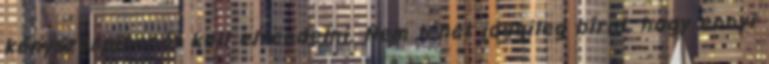
kényszerpihenőt kell elrendelni. Nem lehet idegileg bírni, hogy ennyi